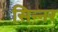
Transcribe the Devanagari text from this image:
सिन्‍नर